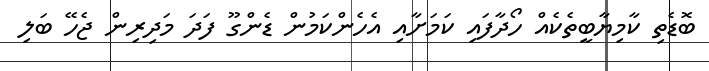
ބޮޑެތި ކާމިޔާބީތެކެއް ހޯދާފައި ކަމަށާއި އެހެންކަމުން ޑެންގޫ ފަދަ މަދިރިން ޖެހޭ ބަލި